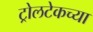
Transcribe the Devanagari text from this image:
ट्रोलटेकच्या